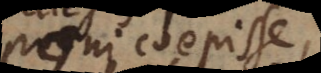
poni coepisse,